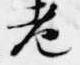
老